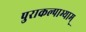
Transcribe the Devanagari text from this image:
पुराकल्पाभ्याम्